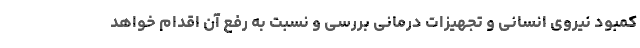
کمبود نیروی انسانی و تجهیزات درمانی بررسی و نسبت به رفع آن اقدام خواهد